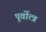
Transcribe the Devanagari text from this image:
पूर्वोत्त्र